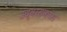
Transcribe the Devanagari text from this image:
उद्वाहकांस